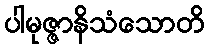
ပါမုဇ္ဇာနိသံသောတိ